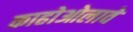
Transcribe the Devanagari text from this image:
काहोओलावे